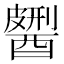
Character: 𨢹